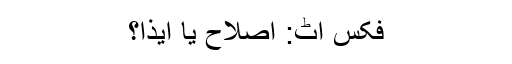
فِکس اِٹ: اصلاح یا ایذا؟